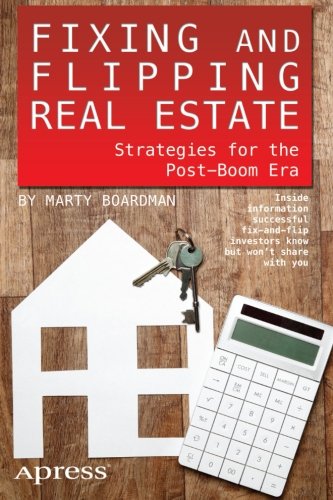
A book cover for Fixing and Flipping Real Estate: Strategies for the Post-Boom Era; Marty Boardman; Business & Money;